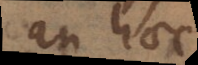
an haec